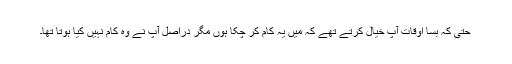
حتٰی کہ بسا اوقات آپؐ خیال کرتے تھے کہ میں یہ کام کر چکا ہوں مگر دراصل آپؐ نے وہ کام نہیں کیا ہوتا تھا۔